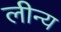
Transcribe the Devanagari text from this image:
लीन्य